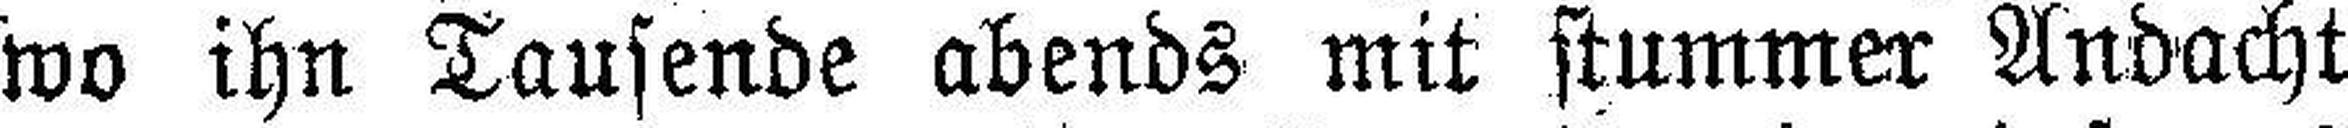
wo ihn Tausende abends mit stummer Andacht